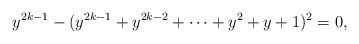
LaTeX: \begin{align*}y^{2k-1}-(y^{2k-1}+y^{2k-2}+\dots +y^2+y+1)^2=0,\end{align*}